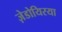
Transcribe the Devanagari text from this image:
ज़ेडोयिरया